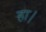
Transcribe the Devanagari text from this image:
हा।